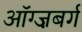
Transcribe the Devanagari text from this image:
ऑग्ज़बर्ग